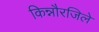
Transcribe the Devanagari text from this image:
किन्नौरजिले